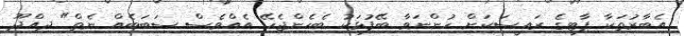
އެބާރުތަކާ ޕާޓީގެ ރައީސަކަށް ހުންނަވާ ބޭފުޅަކު ބެހެންޖެހޭ އެއްވެސް ސަބަބެއް ނެތް" ދިއްދޫ